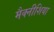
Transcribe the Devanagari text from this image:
मैक्नीशिया